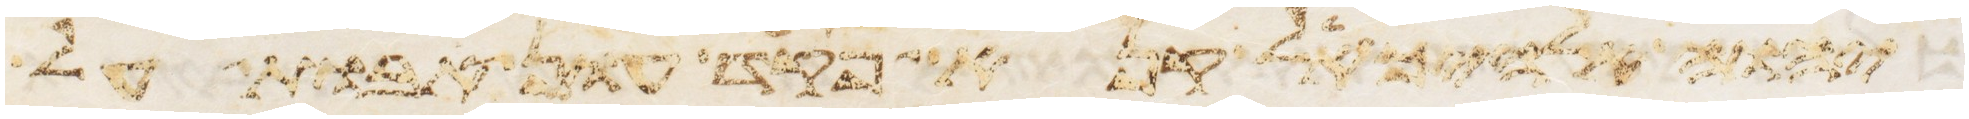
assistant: יהוה אלהיך אל קנא פקד עון אבות על